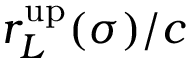
r _ { L } ^ { \mathrm { u p } } ( \sigma ) / c